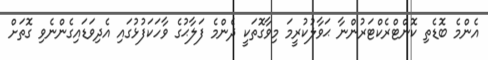
އެންމެ ބޮޑެތި ކޮންޓްރެކްޓަރުންނާ ޙަވާލުކުރީމަ މިވާގޮތަކީ ދެންމެ ފަލާޙުގެ ވާހަކަފުޅުގައި އެދިވަޑައިގެންނެވި ގޮތަށް